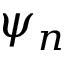
\psi _ { n }